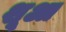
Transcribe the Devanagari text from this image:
शूआ